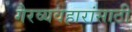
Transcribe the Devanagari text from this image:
गैरव्यवहारांसाठी